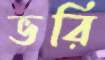
ভরি